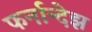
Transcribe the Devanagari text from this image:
फर्नान्देझ